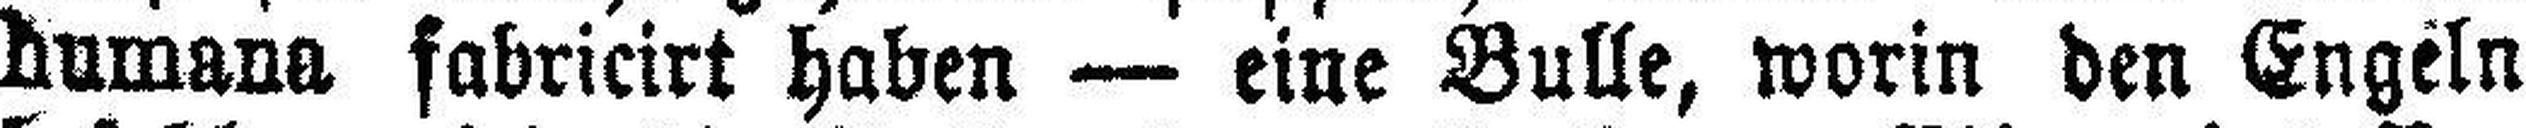
Humana fabricirt haben — eine Bulle, worin den Engeln